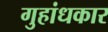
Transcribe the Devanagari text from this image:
गुहांधकार